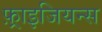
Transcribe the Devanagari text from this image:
फ़्राइजियन्स